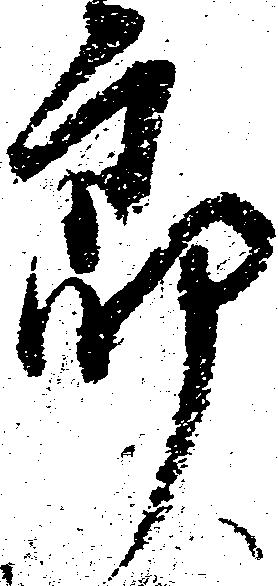
郎